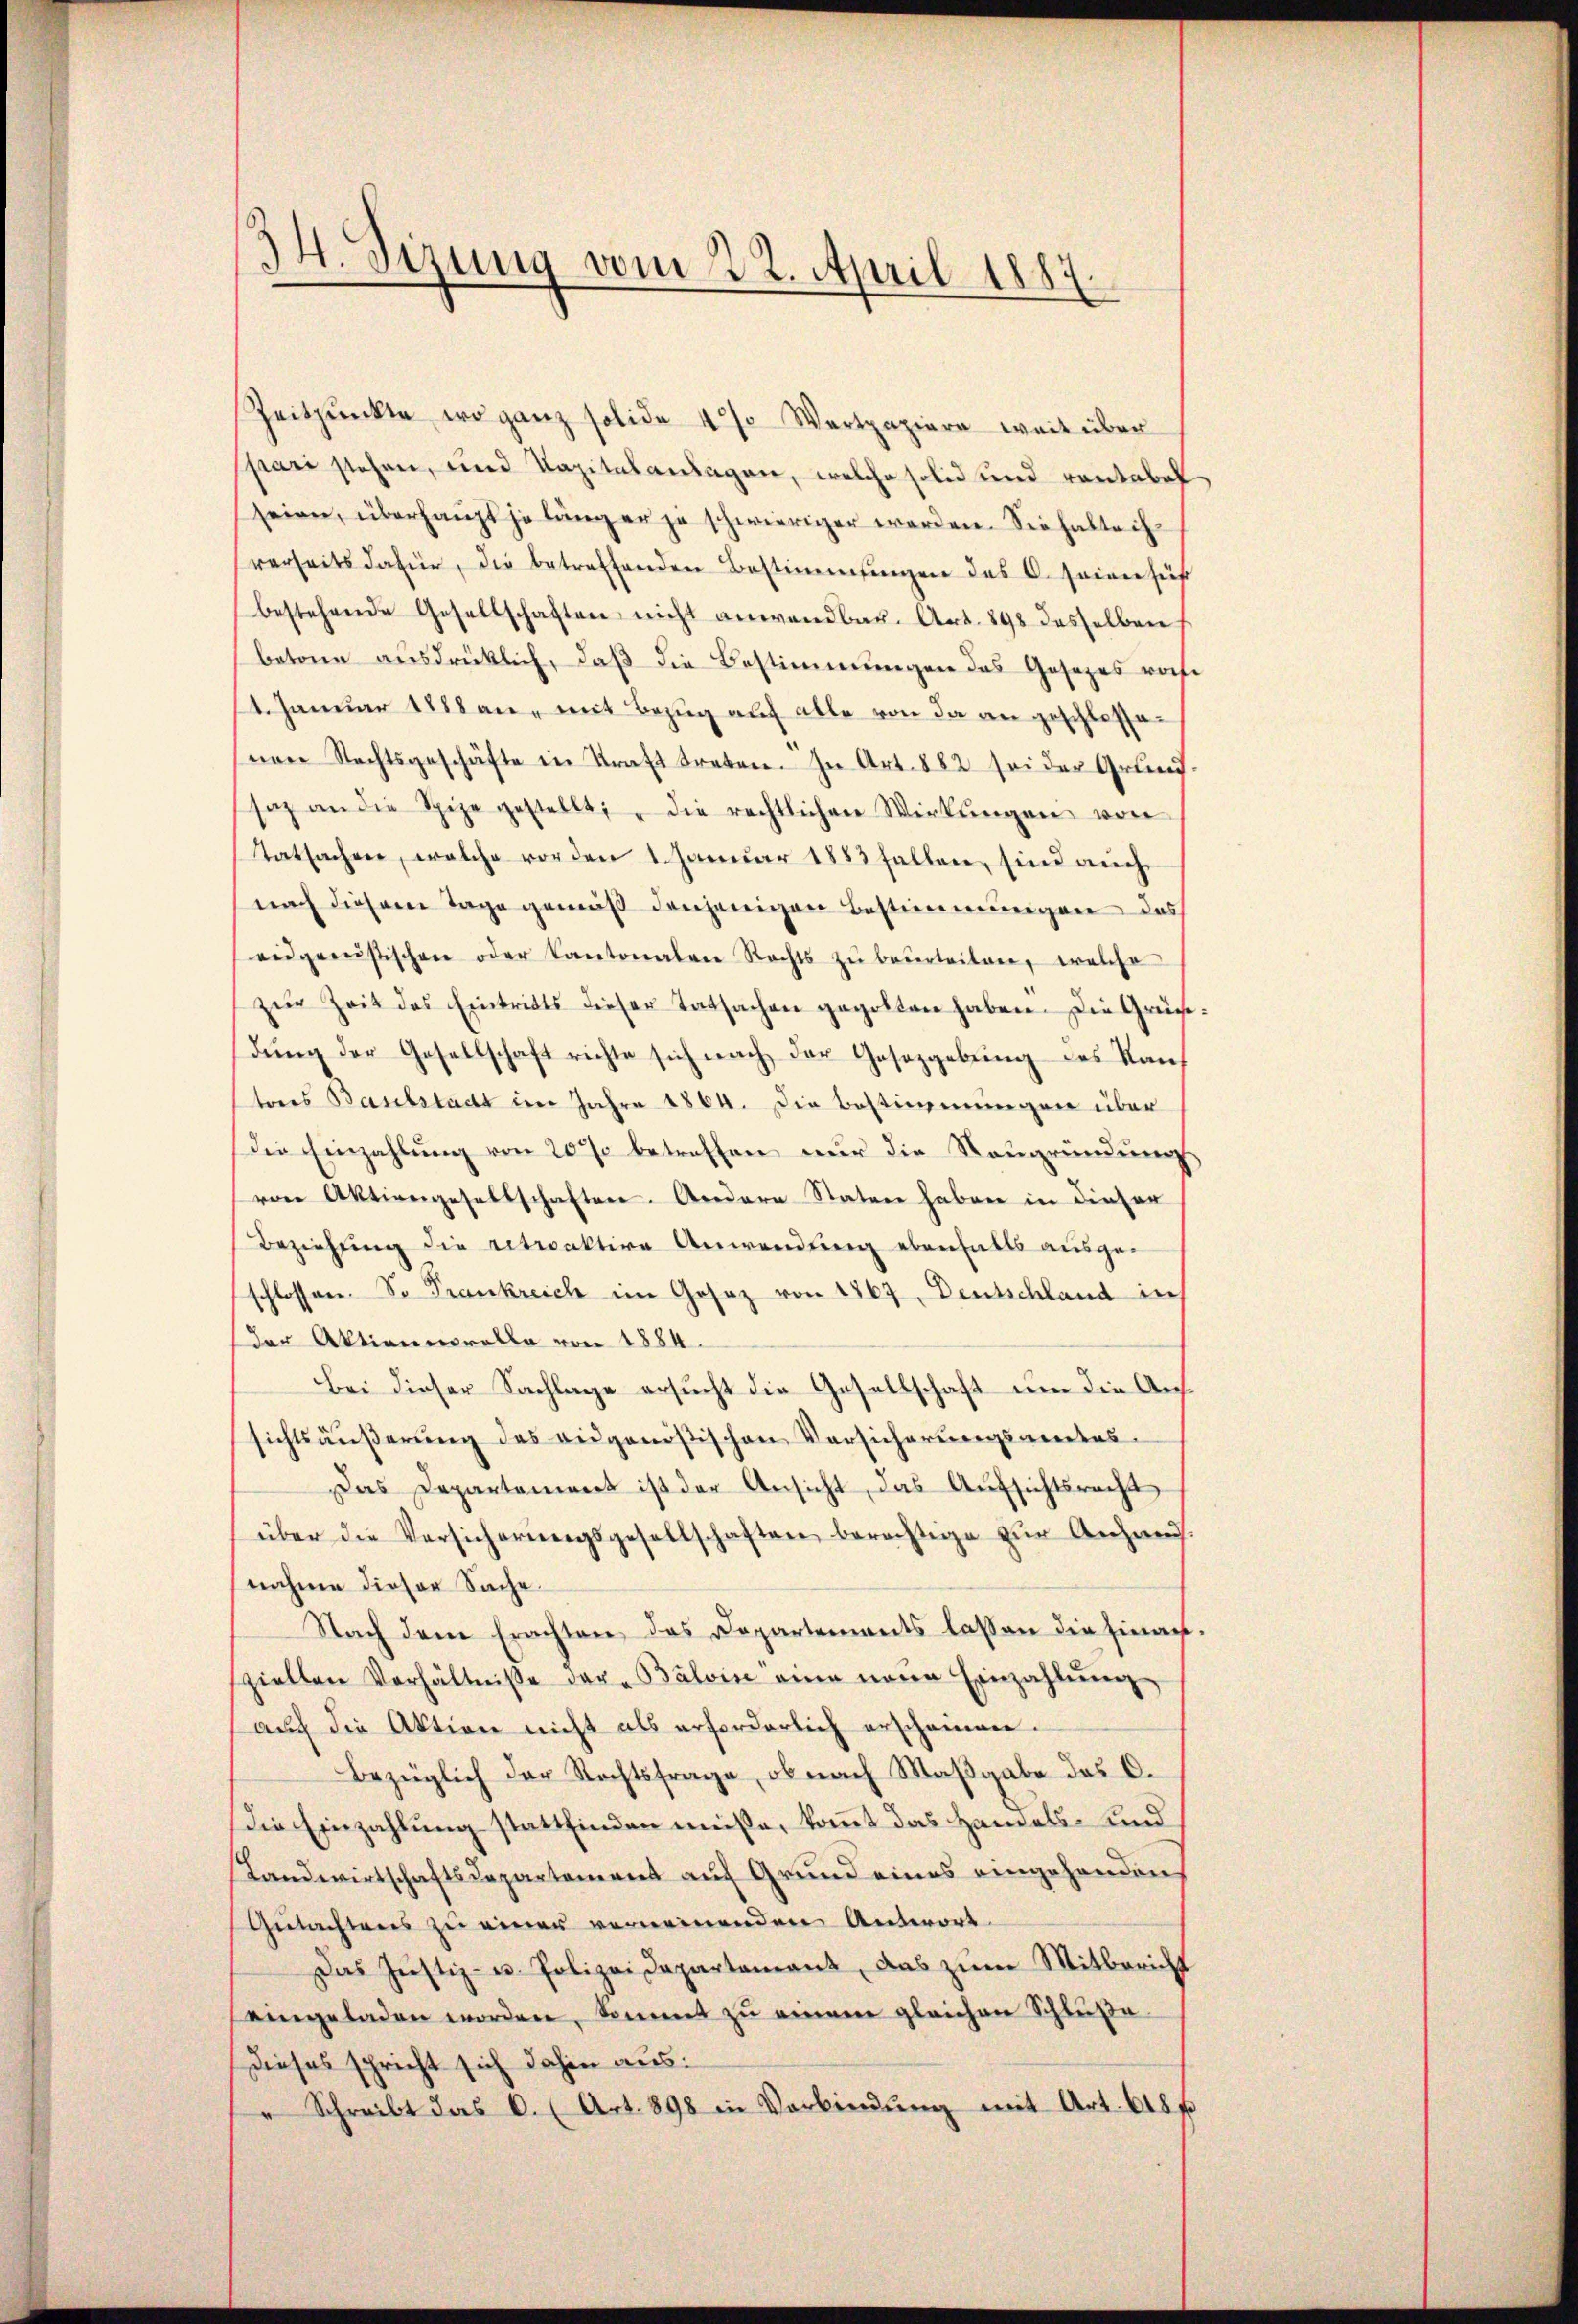
14. Sizung vom 22. April 1887.

Zeitpunkte wo ganz solide 4% Wertpapiere weit über
pari stehen, und Kapitalanlagen, welche solid und rontabelseien, überhaupt je länger zu schwieriger werden. Sie halte ih
rerheits dafür, die betreffenden Bestimmungen des C. seien für
bestehende Gesellschaften nicht anwendbar. Art. 898 desselben
betone ausdrücklich, daß die Bestimmungen das Gesezes vot
4. Januar 1888 an, mit Bezug auf alle von da an geschlossenen Rechtsgeschäfte in Kraft treten. In Art. 882 sei der Grundsaz an die Spize gestellt " die rechtlichen Wirkŭngen von
tatsachen, welche vorden 1. Januar 1883 fallen, sind auch
nach diesem Tage gemäß denjenigen Bestimmungen das
eidgenŭstischen oder Kantonalen Rechts zŭ beŭrteilen, welche
zŭr Zeit des Eintritts dieser Tatsachen gegolten haben. Die Gründung der Gesellschaft richte sich nach der Gesetzgebung des Kanteres Baselstadt im Jahre 1864. Die Bestimmungen über
die Einzahlung von 20% betreffen nur die Neugründung
ven Aktiengesellschaften. Andere Staten haben in dieser
Beziehung die retraktive Anwendung ebenfalls ausgeschlossen. So Frankreich im Gesez von 1869, Deutschland in
der Aktienmoralle von 1884.
Bei dieser Sachlage ersucht die Gesellschaft um die Aussichtsäußerung des eidgenößischen Versicherungsmentes-
Das Departement ist der Ansicht, das Aŭfsichtsrecht
über die Versicherŭngsgesellschaften berechtige zur Anhaus.
nahme dieser Sache.
Nach dem Erachten, das Departements lassen die Finansziellen Verhältnisse dar. Balvin eine neue Einzahlŭng
auch die Aktion nicht als erforderlich erscheinen.
Bezüglich der Rechtsfrage, ob nach Maβgabe des C.
Die Einzahlung stattfinden müsse, kommt das Handels- und
Landwirtschaftsdepartement auf Grund eines eingehanden
Gutachtens zu einer verneinenden Antwort.
Das Justiz- u. Polizei Departamant, das zum Mitbericht
eingeladen worden, kommt zu einem gleichen Schlüße.
Dieses spricht sich dahin aus:
" Schreibt das C. (Art. 898 in Verbindŭng mit Art. 618 f